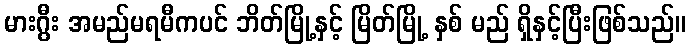
မားဂွီး အမည်မရမီကပင် ဘိတ်မြို့နှင့် မြိတ်မြို့ နှစ် မည် ရှိနှင့်ပြီးဖြစ်သည်။